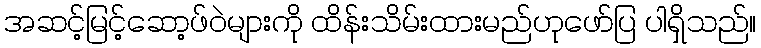
အဆင့်မြင့်ဆော့ဖ်ဝဲများကို ထိန်းသိမ်းထားမည်ဟုဖော်ပြ ပါရှိသည်။